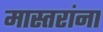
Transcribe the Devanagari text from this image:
मास्तरांना